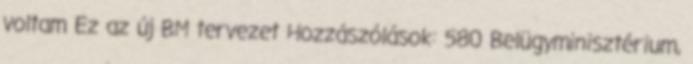
voltam Ez az új BM tervezet Hozzászólások: 580 Belügyminisztérium,